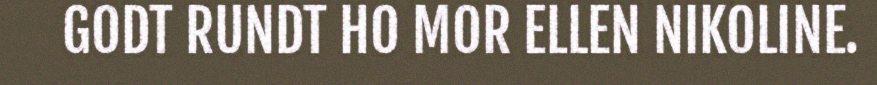
GODT RUNDT HO MOR ELLEN NIKOLINE.